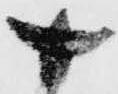
十